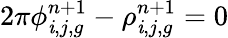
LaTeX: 2\pi\phi_{\mathit{i},j,g}^{n+1}-\rho_{\mathit{i},j,g}^{n+1}=0